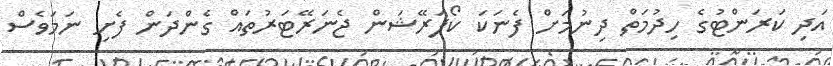
އަދި ކަރަންޓުގެ ހިދުމަތް ދިނުމަށް ފެނަކަ ކޯޕަރޭޝަން ޖެނަރޭޓަރުތައް ގެންދަން ފެށި ނަމަވެސް